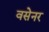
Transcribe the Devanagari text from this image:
वसेनर